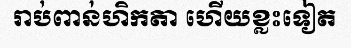
រាប់ពាន់ហិកតា ហើយខ្លះទៀត